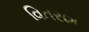
વિતરણ